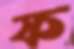
ফ